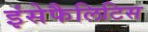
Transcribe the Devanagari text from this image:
इंसेफैलिटिस